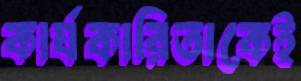
কার্যকারিতাকেই